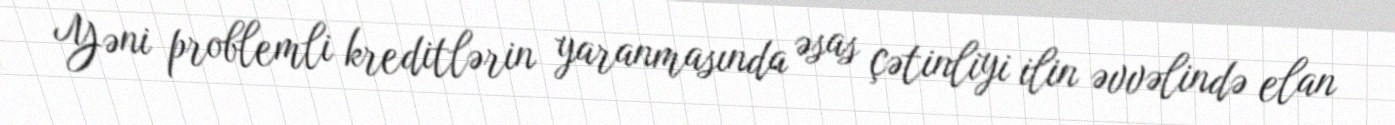
Yəni problemli kreditlərin yaranmasında əsas çətinliyi ilin əvvəlində elan